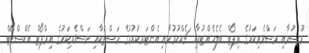
މޫސުމާއި މަސްވެރިކަމުގެ ރިޕޯޓް ބެލެހެއްޓުމާއި ޗެކްކުރުމާއި އެންޓަރކުރުމުގެ މަސްތަކާއި މަސްވެރިކަމުގެ އިމްޕޯޓް އެކްސްޕޯޓް